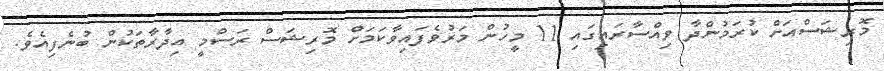
މޮރިޝަސްއަށް ކުރަމުންދާ ވިއްސާރައިގައި 11 މީހުން މަރުވެފައިވާކަމަށް މޮރިޝަސް ރަސްމީ އިދާރާތަކުން ބުނެފިއެވެ.